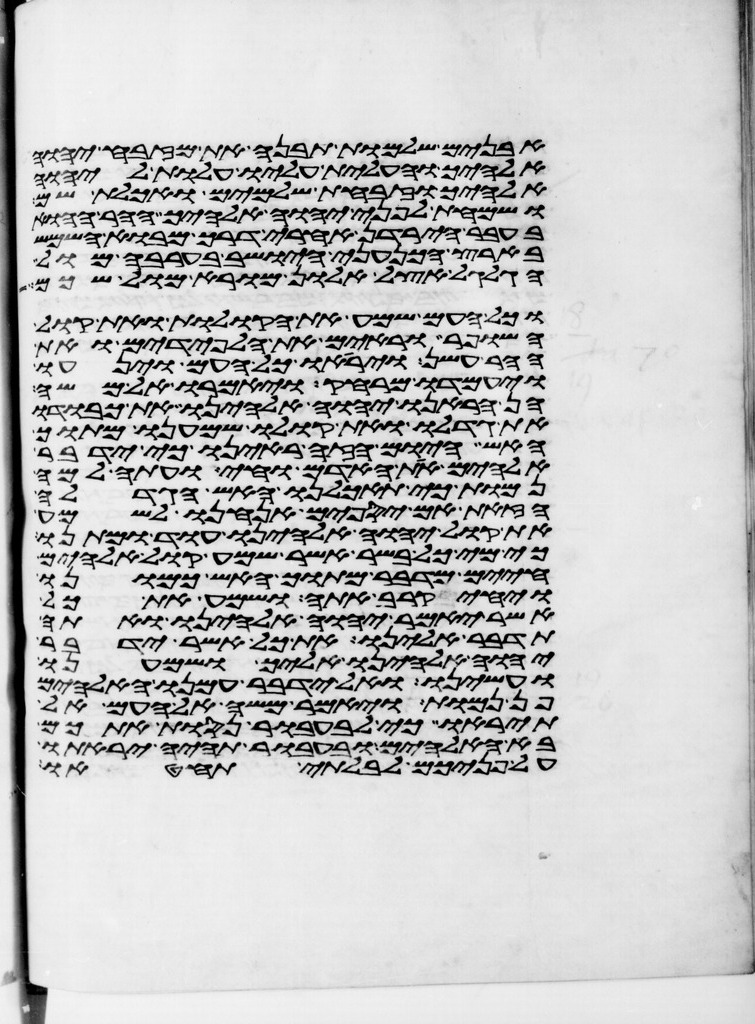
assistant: אבנים שלמות תבנה את מזבח יהוה
אלהיך והעלית עליו עלות ליהוה
אלהיך וזבחת שלמים ואכלת שם
ושמחת לפני יהוה אלהיך ההר ההוא
בעבר הירדן אחרי דרך מבוא השמש
בארץ הכנעני הישב בערבה מול
הגלגל אצל אלון מורא מול שכם
וכל העם שמע את הקולות ואת קול
השופר וראים את הלפידים ואת
ההר עשן ויראו כל העם וינעו
ויעמדו מרחק ויאמרו אל משה
הן הראנו יהוה אלהינו את כבודו
את גדלו ואת קולו שמענו מתוך
האש היום הזה ראינו כי ידבר
אלהים את האדם וחי ועתה למה
נמות כי תאכלנו האש הגדלה
הזאת אם יספים אנחנו לשמע
את קול יהוה אלהינו עוד ומתנו
כי מי כל בשר אשר שמע קול אלהים
חיים מדבר מתוך האש כמונו
ויחי קרב אתה ושמע את כל
אשר יאמר יהוה אלהינו ואתה
תדבר אלינו את כל אשר ידבר
יהוה אלהינו אליך ושמענו
ועשינו ואל ידבר עמנו האלהים
פן נמות ויאמר משה אל העם אל
תיראו כי לבעבור נסות אתכם
בא האלהים ובעבור תהיה יראתו
על פניכם לבלתי תחטאו